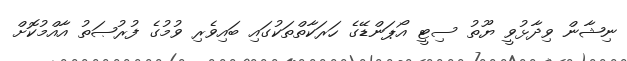
ނިޝާން ވިދާޅުވީ ޔޫތު ސިޓީ އޯޕަންޑޭގެ ހަރަކާތްތަކުގައި ބައިވެރި ވުމުގެ ފުރުޞަތު އާއްމުކޮށް